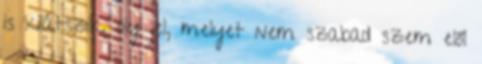
is kilátszik, oly jel, melyet nem szabad szem elől